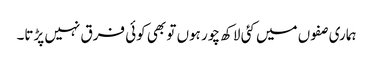
ہماری صفوں میں کئی لاکھ چور ہوں تو بھی کوئی فرق نہیں پڑتا۔